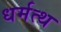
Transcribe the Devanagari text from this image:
धर्मत्थ